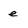
Character: e